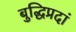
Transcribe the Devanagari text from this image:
बुद्धिप्रदां